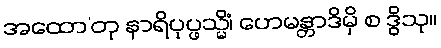
အထော’တု နာရိပုပ္ဖသ္မိံ၊ ဟေမန္တာဒိမှိ စ ဒွိသု။